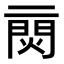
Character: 𨴙